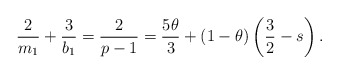
\begin{align*}\frac{2}{m_1}+\frac{3}{b_1} =\frac{2}{p-1} = \frac{5\theta}{3}+(1-\theta) \left(\frac{3}{2}-s\right).\end{align*}